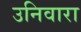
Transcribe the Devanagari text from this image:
उनिवारा